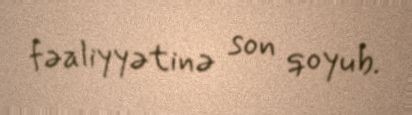
fəaliyyətinə son qoyub.